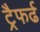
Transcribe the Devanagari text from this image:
ट्रैफर्ढ